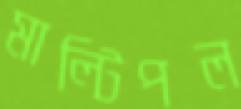
মাল্টিপল